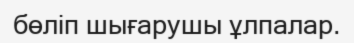
бөліп шығарушы ұлпалар.